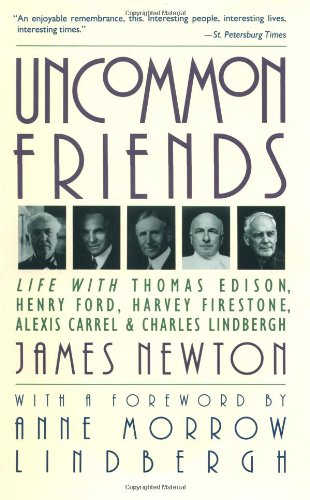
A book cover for Uncommon Friends: Life with Thomas Edison, Henry Ford, Harvey Firestone, Alexis Carrel, and Charles Lindbergh; James Newton; Biographies & Memoirs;